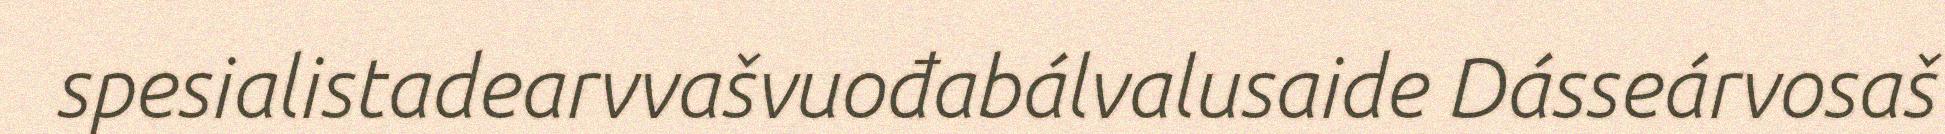
spesialistadearvvašvuođabálvalusaide Dásseárvosaš